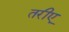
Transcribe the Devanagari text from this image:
तरीए